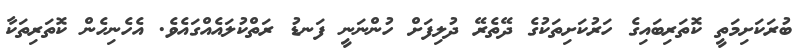
ބުރަކަށިމަތީ ކޮތަރިބައިގެ ހަރުކަށިތަކުގެ ދޭތެރޭ ދުލިފަށް ހުންނަނީ ފަނޑު ރަތްކުލައެއްގައެވެ. އެހެނިހެން ކޮތަރިތަކާ